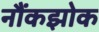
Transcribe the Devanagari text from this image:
नौंकझोक